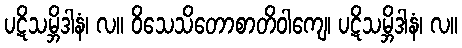
ပဋိသမ္ဘိဒါနံ၊ လ။ ဝိသေသိတောစာတိဝါကျေ၊ ပဋိသမ္ဘိဒါနံ၊ လ။